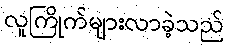
လူကြိုက်များလာခဲ့သည်